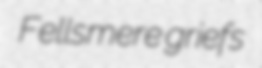
Fellsmere griefs